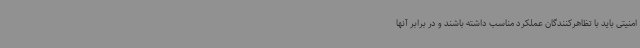
امنیتی باید با تظاهرکنندگان عملکرد مناسب داشته باشند و در برابر آنها